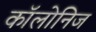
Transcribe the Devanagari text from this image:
कॉलोनिज